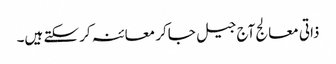
ذاتی معالج آج جیل جاکر معائنہ کرسکتے ہیں۔